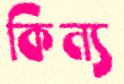
কিন্য